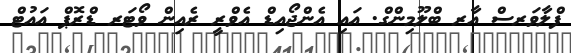
ފްލާވަރސް އާރ ބްލޫމިންގް. އައި އެންޖޯއިޑް އެވްރީ ރެއިން ވޯޓަރ ޑްރޮޕް އައުޓް